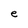
Character: e